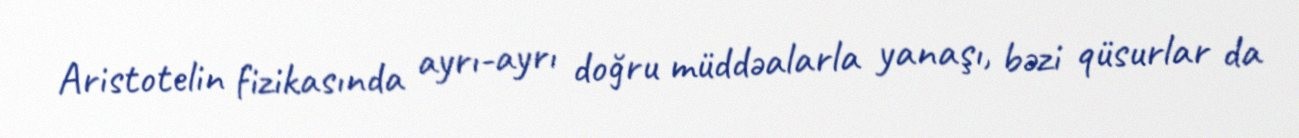
Aristotelin fizikasında ayrı-ayrı doğru müddəalarla yanaşı, bəzi qüsurlar da